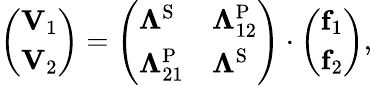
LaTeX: \left(\begin{array}{l}{\mathbf{V}_{1}}\\ {\mathbf{V}_{2}}\end{array}\right)=\left(\begin{array}{ll}{\boldsymbol{\Lambda}^{\mathrm{S}}}&{\boldsymbol{\Lambda}_{12}^{\mathrm{P}}}\\ {\boldsymbol{\Lambda}_{21}^{\mathrm{P}}}&{\boldsymbol{\Lambda}^{\mathrm{S}}}\end{array}\right)\cdot\left(\begin{array}{l}{\mathbf{f}_{1}}\\ {\mathbf{f}_{2}}\end{array}\right),